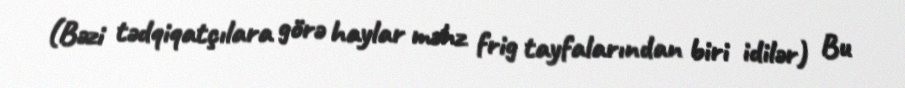
(Bəzi tədqiqatçılara görə haylar məhz frig tayfalarından biri idilər) Bu